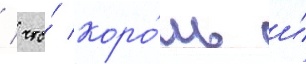
/ что́ коро́ль и́